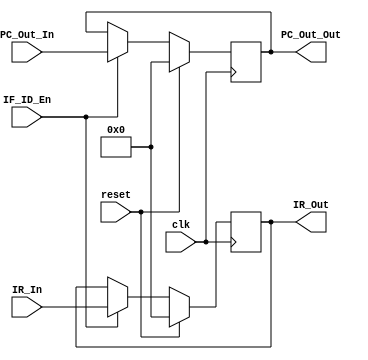
`timescale 1ns / 1ps
//////////////////////////////////////////////////////////////////////////////////
// Company: 
// Engineer: 
// 
// Design Name: 
// Module Name:    IF_ID 
// Project Name: 
// Target Devices: 
// Tool versions: 
// Description: 
//
// Dependencies: 
//
// Revision: 
// Revision 0.01 - File Created
// Additional Comments: 
//
//////////////////////////////////////////////////////////////////////////////////
module IF_ID(
    input clk,
    input reset,
    input IF_ID_En,
	 input [31:0] IR_In, 
	 input [31:0] PC_Out_In,
	 output [31:0] IR_Out,
	 output [31:0] PC_Out_Out
    );
	 
	 reg [31:0] IF_ID_IR;
	 reg [31:0] IF_ID_PC;
	 
	 assign IR_Out = IF_ID_IR;
	 assign PC_Out_Out = IF_ID_PC;
	 
	 initial begin
       IF_ID_IR = 0;
		 IF_ID_PC = 0;
	 end
	 
	 always @ (posedge clk) begin
	    
		 if (reset) begin
		    IF_ID_IR <= 0;
			 IF_ID_PC <= 0;
		 end
		 
		 else if (IF_ID_En == 1) begin
		    IF_ID_IR <= IR_In;
			 IF_ID_PC <= PC_Out_In;
		 end
		 
	 end
	 
endmodule